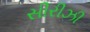
સીરીઝી